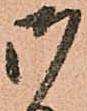
御